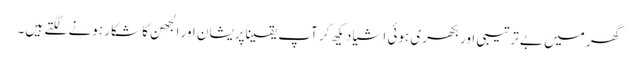
گھر میں بے ترتیبی اور بکھری ہوئی اشیا دیکھ کر آپ یقیناًپریشان اور الجھن کا شکار ہونے لگتے ہیں۔